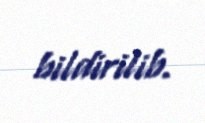
bildirilib.